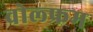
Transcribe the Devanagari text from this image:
वोल्फ्रम